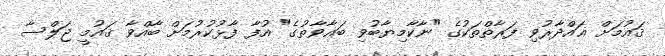
ޤައުމަށް ޣައްދާރުވި ފަރާތްތަކުގެ "ނާކާމިޔާބުވި ބަޣާވާތުގެ" އުފާ ފާޅުކުރުމަށް ބާއްވާ ޤައުމީ ޖަލްސާ